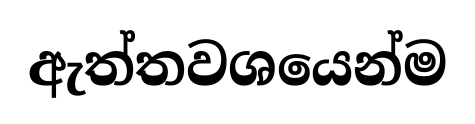
ඇත්තවශයෙන්ම